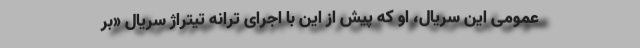
عمومی این سریال، او که پیش از این با اجرای ترانه تیتراژ سریال «بر